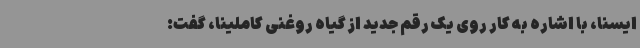
ایسنا، با اشاره به کار روی یک رقم جدید از گیاه روغنی کاملینا، گفت: